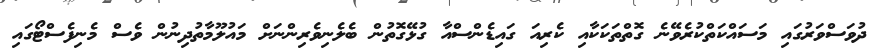
ދުވަސްވަރުގައި މަސައްކަތްކުރެވޭނެ ގޮތްތަކަކާއި ކެރިއަ ގައިޑެންސްއާ ގުޅޭގޮތުން ބެލެނިވެރިންނަށް މައުލޫމާތުދިނުން ވެސް މެނިފެސްޓޯގައި